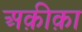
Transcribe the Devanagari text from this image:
अक़ीक़ा